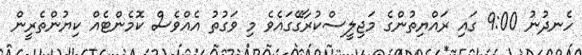
ހެނދުނު 9:00 ގައި ރައްޔިތުންގެ މަޖިލީސްކުރާގޭގައެވެ މި ވަގުތު އެއްވެސް ކޮމެންޓެއް ކިޔުންތެރީން